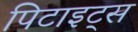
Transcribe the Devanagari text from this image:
पिटाइट्स